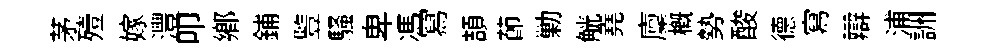
茅殪嫁灃叩鄕鋪䜿騷卑馮冩頡莭勦觥堯廩槪勢酸德寫辯浦詶